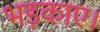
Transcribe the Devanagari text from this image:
भड़काए।